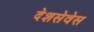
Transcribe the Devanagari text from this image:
देशसेवेस